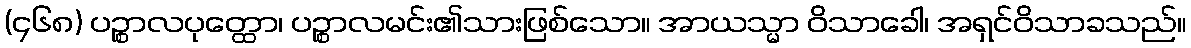
(၄၆၈) ပဉ္စာလပုတ္ထော၊ ပဉ္စာလမင်း၏သားဖြစ်သော။ အာယသ္မာ ဝိသာခေါ၊ အရှင်ဝိသာခသည်။